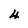
Character: 4